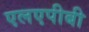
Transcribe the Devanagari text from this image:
एलएपीबी